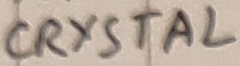
Text: CRYSTAL